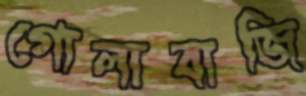
গোলাবাজি